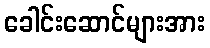
ခေါင်းဆောင်များအား